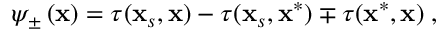
\psi _ { \pm } \left( \mathbf { x } \right) = \tau ( \mathbf { x } _ { s } , \mathbf { x } ) - \tau ( \mathbf { x } _ { s } , \mathbf { x } ^ { * } ) \mp \tau ( \mathbf { x } ^ { * } , \mathbf { x } ) \; ,